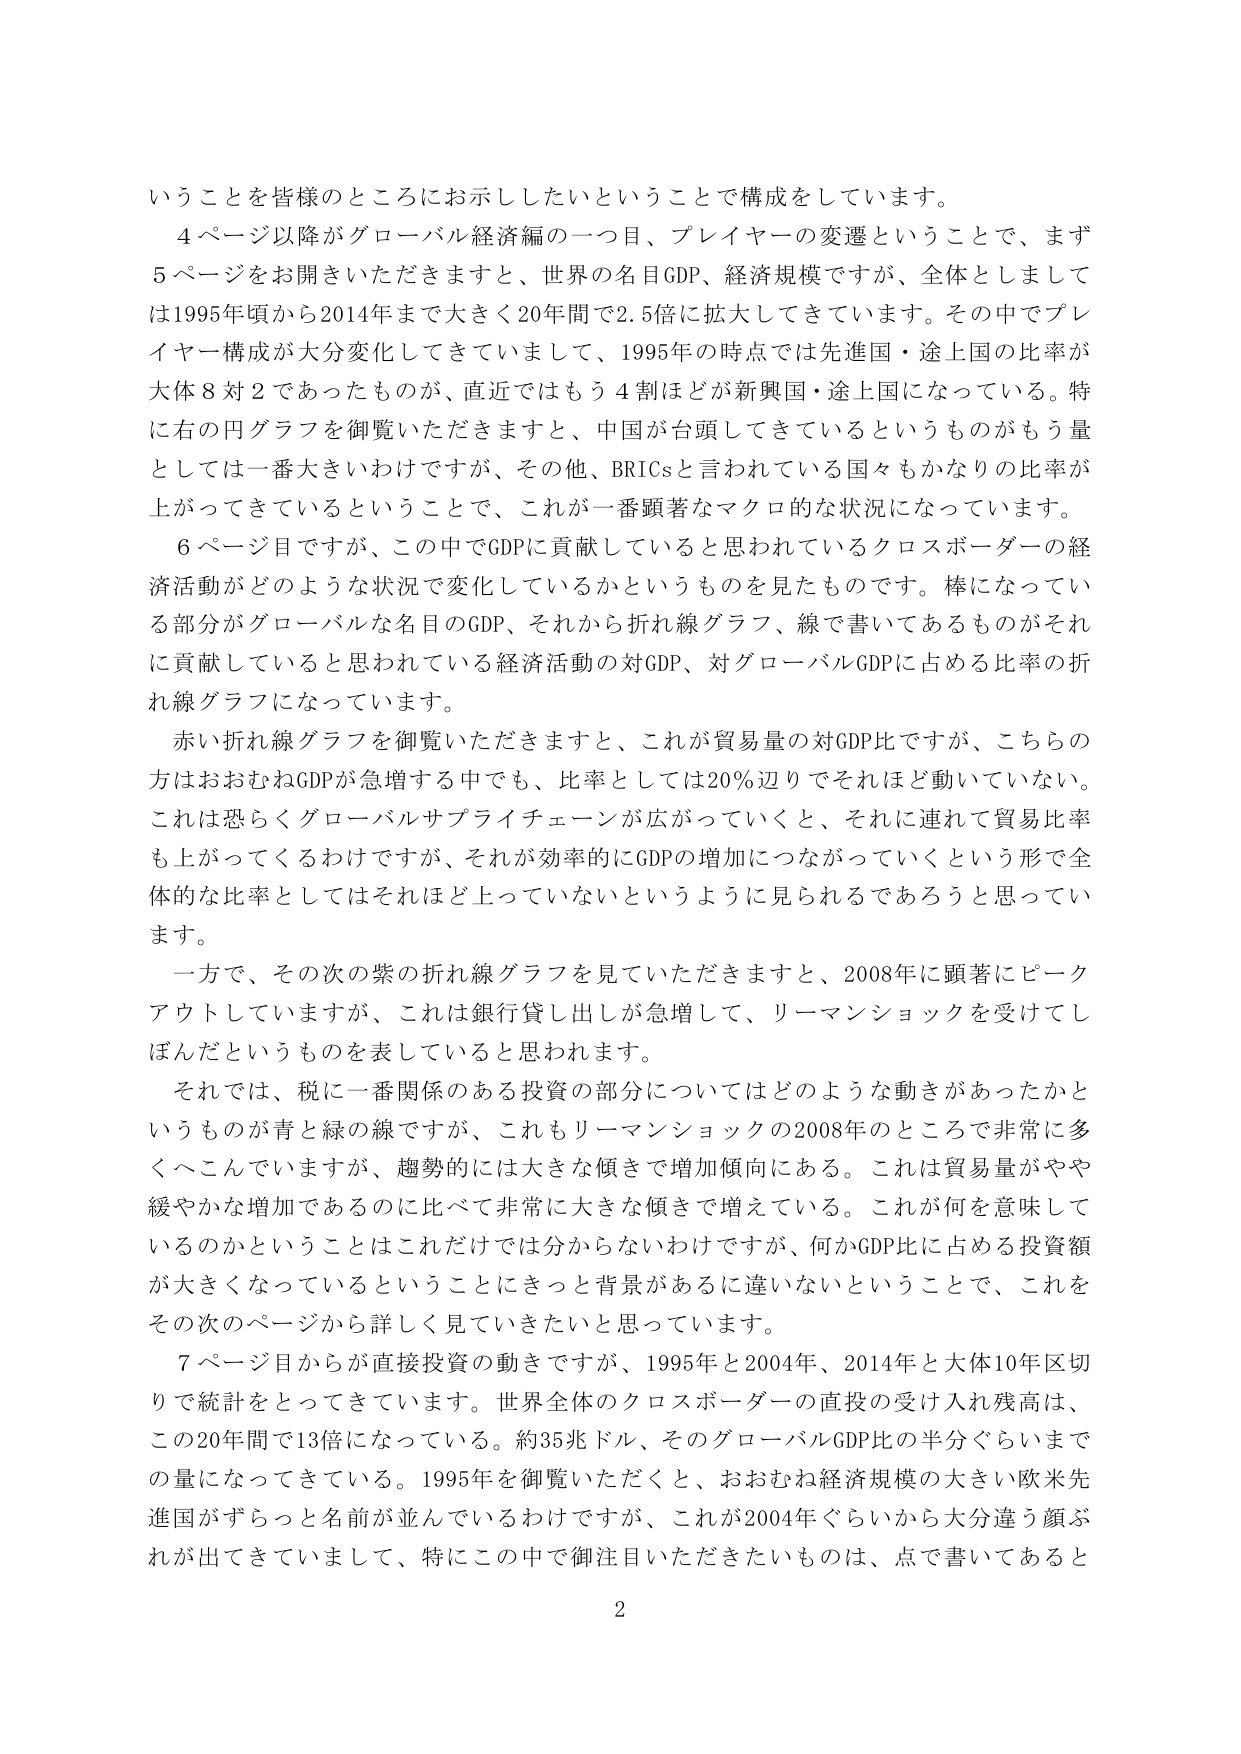
いうことを皆様のところにお示ししたいということで構成をしています。

４ページ以降がグローバル経済編の一つ目、プレイヤーの変遷ということで、まず５ページをお開きいただきますと、世界の名目GDP、経済規模ですが、全体としましては1995年頃から2014年まで大きく20年間で2.5倍に拡大してきています。その中でプレイヤー構成が大分変化してきていて、1995年の時点では先進国・途上国の比率が大体８対２であったものが、直近ではもう４割ほどが新興国・途上国になっている。特に右の円グラフを御覧いただきますと、中国が台頭してきているというものがもう量としては一番大きいわけですが、その他、BRICsと言われている国々もかなりの比率が上がってきているということで、これが一番顕著なマクロ的な状況になっています。

６ページ目ですが、この中でGDPに貢献していると思われているクロスボーダーの経済活動がどのような状況で変化しているかというものを見たものです。棒になっている部分がグローバルな名目GDP、それから折れ線グラフ、線で書いてあるものがそれに貢献していると思われている経済活動の対GDP、対グローバルGDPに占める比率の折れ線グラフになっています。

赤い折れ線グラフを御覧いただきますと、これが貿易量の対GDP比ですが、こちらの方はおおむねGDPが急増する中でも、比率としては20％辺りでそれほど動いていない。これは恐らくグローバルサプライチェーンが広がっていくと、それに連れて貿易比率も上がってくるわけですが、それが効率的にGDPの増加につながっていくという形で全体的な比率としてはそれほど上がっていないというように見られるであろうと思っています。

一方で、その次の紫の折れ線グラフを見ていただきますと、2008年に顕著にピークアウトしていますが、これは銀行貸し出しが急増して、リーマンショックを受けてしぼんだというものを表していると思われます。

それでは、税に一番関係のある投資の部分についてはどのような動きがあったかというものが青と緑の線ですが、これもリーマンショックの2008年のところで非常に多くへこんでいますが、趨勢的には大きな傾きで増加傾向にある。これは貿易量がやや緩やかな増加であるのに比べて非常に大きな傾きで増えている。これが何を意味しているのかということはこれだけでは分からないわけですが、何かGDP比に占める投資額が大きくなっているということにきっと背景があるに違いないということで、これをその次のページから詳しく見ていきたいと思っています。

７ページ目からが直接投資の動きですが、1995年と2004年、2014年と大体10年区切りで統計をとってきています。世界全体のクロスボーダーの直投の受け入れ残高は、この20年間で13倍になっている。約35兆ドル、そのグローバルGDP比の半分ぐらいまでの量になってきている。1995年を御覧いただくと、おおむね経済規模の大きい欧米先進国がずらっと名前が並んでいるわけですが、これが2004年ぐらいから大分違う顔ぶれが出てきていまして、特にこの中で御注目いただきたいものは、点で書いてあると

2